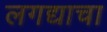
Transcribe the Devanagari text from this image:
लगद्याचा